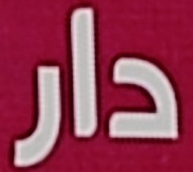
دار